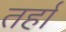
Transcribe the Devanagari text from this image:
तर्हा